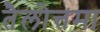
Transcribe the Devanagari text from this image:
तैलोत्तमा